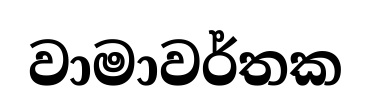
වාමාවර්තක